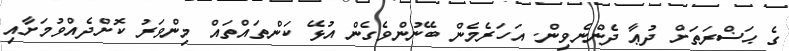
ގެ ޙަޟްރަތަށް ދުޢާ ދެންނެވިން. އަހަރެމެން ބޭނުންވެގެން އުޅޭ ކަންތައްތައް މިންވަރު ކޮށްދެއްވުމަށާއި